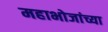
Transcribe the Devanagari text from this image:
महाभोजांच्या